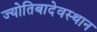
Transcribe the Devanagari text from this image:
ज्योतिबादेवस्थान